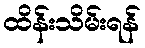
ထိန်းသိမ်းရန်